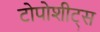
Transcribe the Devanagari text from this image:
टोपोशीट्स